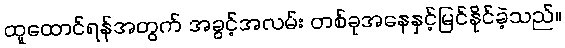
ထူထောင်ရန်အတွက် အခွင့်အလမ်း တစ်ခုအနေနှင့်မြင်နိုင်ခဲ့သည်။